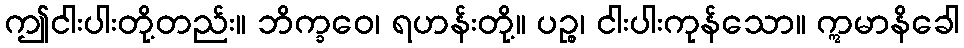
ဤငါးပါးတို့တည်း။ ဘိက္ခဝေ၊ ရဟန်းတို့။ ပဉ္စ၊ ငါးပါးကုန်သော။ ဣမာနိခေါ